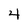
Character: 4